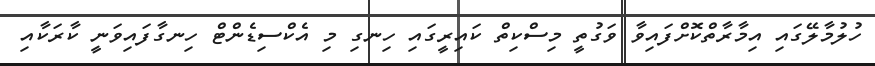
ހުލުމާލޭގައި އިމާރާތްކޮށްފައިވާ ވަގުތީ މިސްކިތް ކައިރީގައި ހިނގި މި އެކްސިޑެންޓް ހިނގާފައިވަނީ ކާރަކާއި